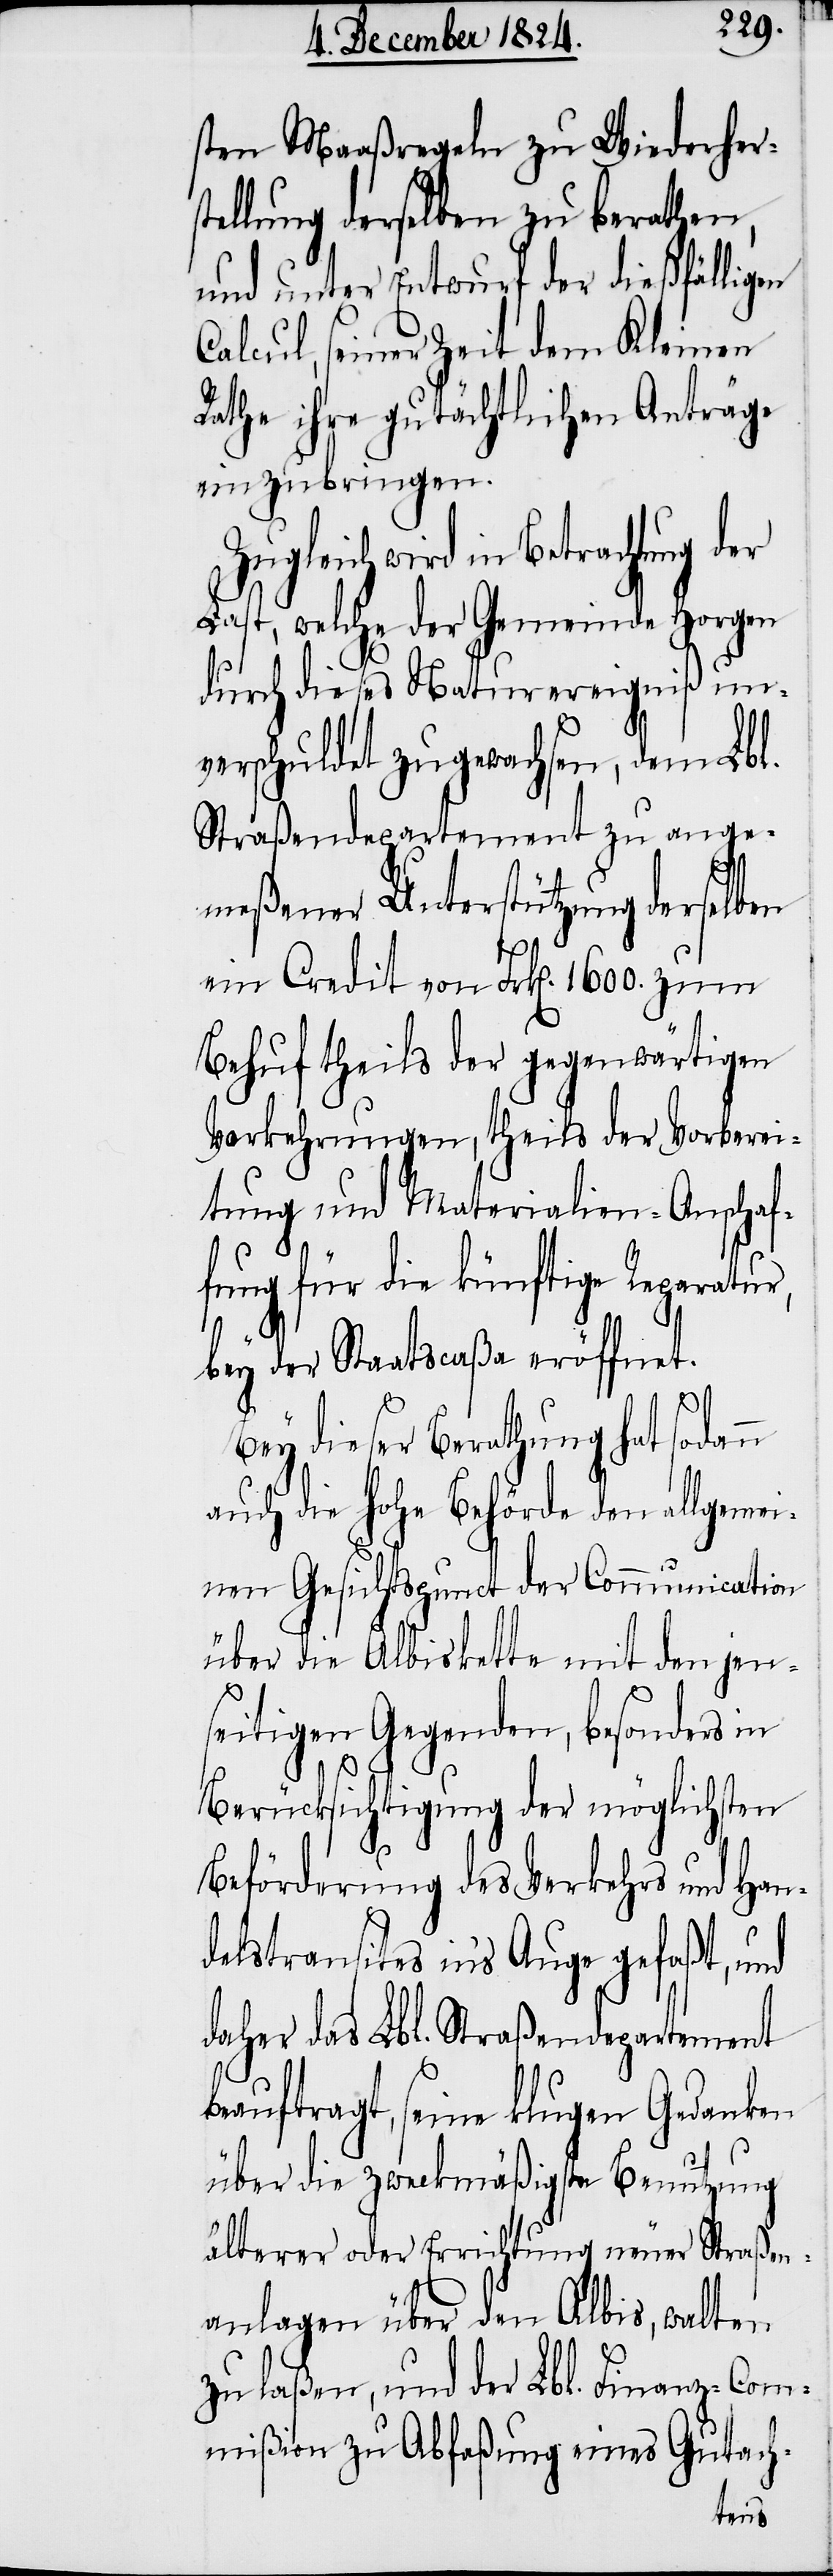
sten Maaßregeln zu Wiederhers¬
tellung derselben zu berathen,
und unter Entwurf der dießfälligen
Calcul, seiner Zeit dem Kleinen
Rathe ihre gutächtlichen Anträge
einzubringen.
Zugleich wird in Betrachtung der
Last, welche der Gemeinde Horgen
durch dieses Naturereigniß un¬
verschuldet zugewachsen, dem Lbl.
Straßendepartement zu ange¬
meßener Unterstützung derselben
ein Credit von Frk[en]. 1600. zum
Vorkehrungen, theils der Vorberei¬
tung und Materialien-Anschaf¬
fung für die künftige Reparatur,
bey der Staatscaßa eröffnet.
Bey dieser Berathung hat sodann
auch die hohe Behörde den allgemei¬
nen Gesichtspunct der Communication
über die Albiskette mit den jen¬
seitigen Gegenden, besonders in
Berücksichtigung der möglichsten
Beförderung des Verkehrs und Han¬
delstransits in’s Auge gefaßt, und
daher das Lbl. Straßendepartement
beauftragt, seine klugen Gedanken
über die zweckmäßigste Benutzung
älterer oder Errichtung neuer Straßen¬
anlagen über den Albis, walten
zu laßen, und der Lbl. Finanz-Com¬
mißion zu Abfaßung eines Gutach-